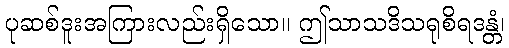
ပုဆစ်ဒူးအကြားလည်းရှိသော။ ဤသာသဒိသရုစိရဒန္တံ၊